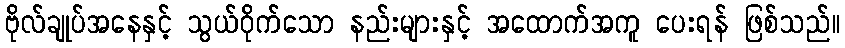
ဗိုလ်ချုပ်အနေနှင့် သွယ်ဝိုက်သော နည်းများနှင့် အထောက်အကူ ပေးရန် ဖြစ်သည်။